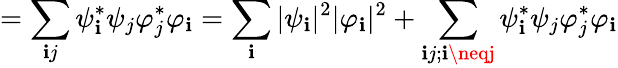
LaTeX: =\sum_{\mathbf{i}j}\psi_{\mathbf{i}}^{*}\psi_{j}\varphi_{j}^{*}\varphi_{\mathbf{i}}=\sum_{\mathbf{i}}|\psi_{\mathbf{i}}|^{2}|\varphi_{\mathbf{i}}|^{2}+\sum_{\mathbf{i}j;\mathbf{i}\neqj}\psi_{\mathbf{i}}^{*}\psi_{j}\varphi_{j}^{*}\varphi_{\mathbf{i}}